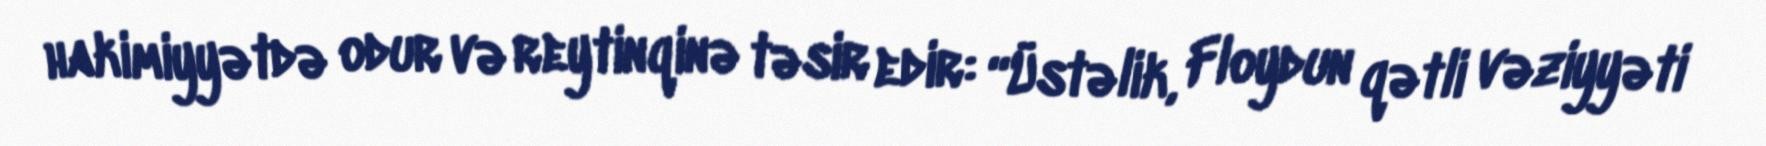
hakimiyyətdə odur və reytinqinə təsir edir: “Üstəlik, Floydun qətli vəziyyəti